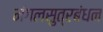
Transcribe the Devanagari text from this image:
मंगलसुत्रबंधन